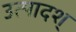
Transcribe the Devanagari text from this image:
उत्पादश्